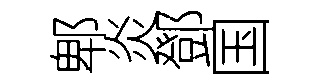
郫炎鄧国